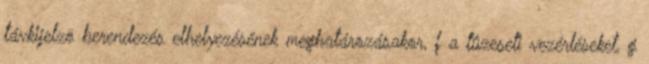
távkijelzõ berendezés elhelyezésének meghatározásakor, f a tûzeseti vezérléseket, g